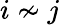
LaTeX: i\not\sim j